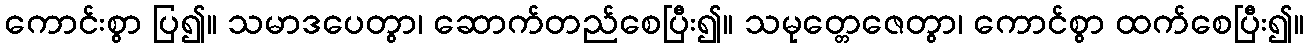
ကောင်းစွာ ပြ၍။ သမာဒပေတွာ၊ ဆောက်တည်စေပြီး၍။ သမုတ္တေဇေတွာ၊ ကောင်စွာ ထက်စေပြီး၍။